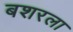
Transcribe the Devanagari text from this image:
बशरला